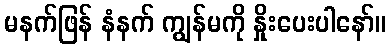
မနက်ဖြန် နံနက် ကျွန်မကို နှိုးပေးပါနော်။